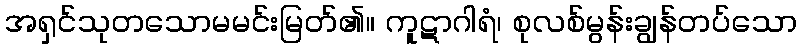
အရှင်သုတသောမမင်းမြတ်၏။ ကူဋာဂါရံ၊ စုလစ်မွန်းချွန်တပ်သော